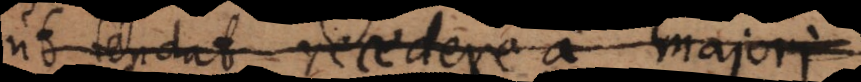
ut tendat recedere a majori